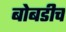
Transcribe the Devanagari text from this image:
बोबडीच